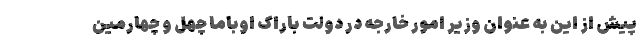
پیش از این به عنوان وزیر امور خارجه در دولت باراک اوباما چهل و چهارمین